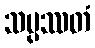
သမ္ပဿတံ